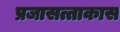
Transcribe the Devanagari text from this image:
प्रजासत्ताकास